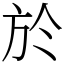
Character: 於